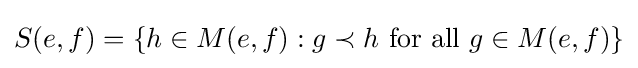
S(e,f)=\{h\in M(e,f):g\prec h{\text{ for all }}g\in M(e,f)\}